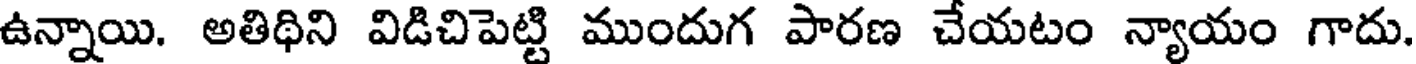
ఉన్నాయి. అతిథిని విడిచిపెట్టి ముందుగ పారణ చేయటం న్యాయం గాదు.